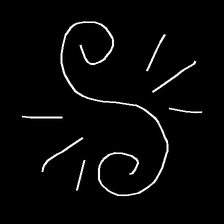
Glyph: wind-directs-air